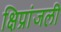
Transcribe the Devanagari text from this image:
क्षिप्रांजली